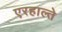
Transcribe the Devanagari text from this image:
एरहाल्ते